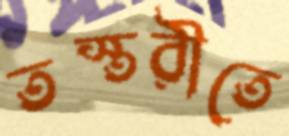
তস্তরীতে